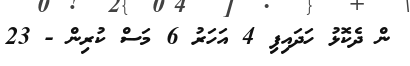
ން ދެކޮޅު ހަދައިފި 4 އަހަރު 6 މަސް ކުރިން - 23